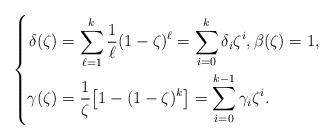
LaTeX: \begin{align*}\left\{\begin{aligned}\delta (\zeta)&{}= \sum_{\ell=1}^k \frac 1\ell (1-\zeta)^\ell=\sum\limits^k_{i=0}\delta_i \zeta ^{i}, \beta(\zeta)= 1,\\ \gamma (\zeta)&{}=\frac 1\zeta\big [1- (1-\zeta)^k\big ] =\sum_{i=0}^{k-1} \gamma_i\zeta^i.\end{aligned}\right .\end{align*}